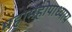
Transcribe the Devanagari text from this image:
महामहोपाध्‍याय